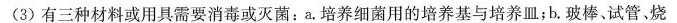
(3)有三种材料或用具需要消毒或灭菌：a。培养细菌用的培养基与培养皿；b。玻棒试管。烧